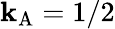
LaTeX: \mathbf{k}_{\mathrm{{{A}}}}=1/2